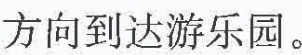
方向到达游乐园。